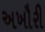
અખૌરી